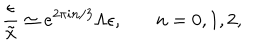
\frac { \epsilon } { \tilde { x } } \simeq e ^ { 2 \pi i n / 3 } \Lambda \epsilon , \: \: \: \: \: \: \: \: n = 0 , 1 , 2 ,